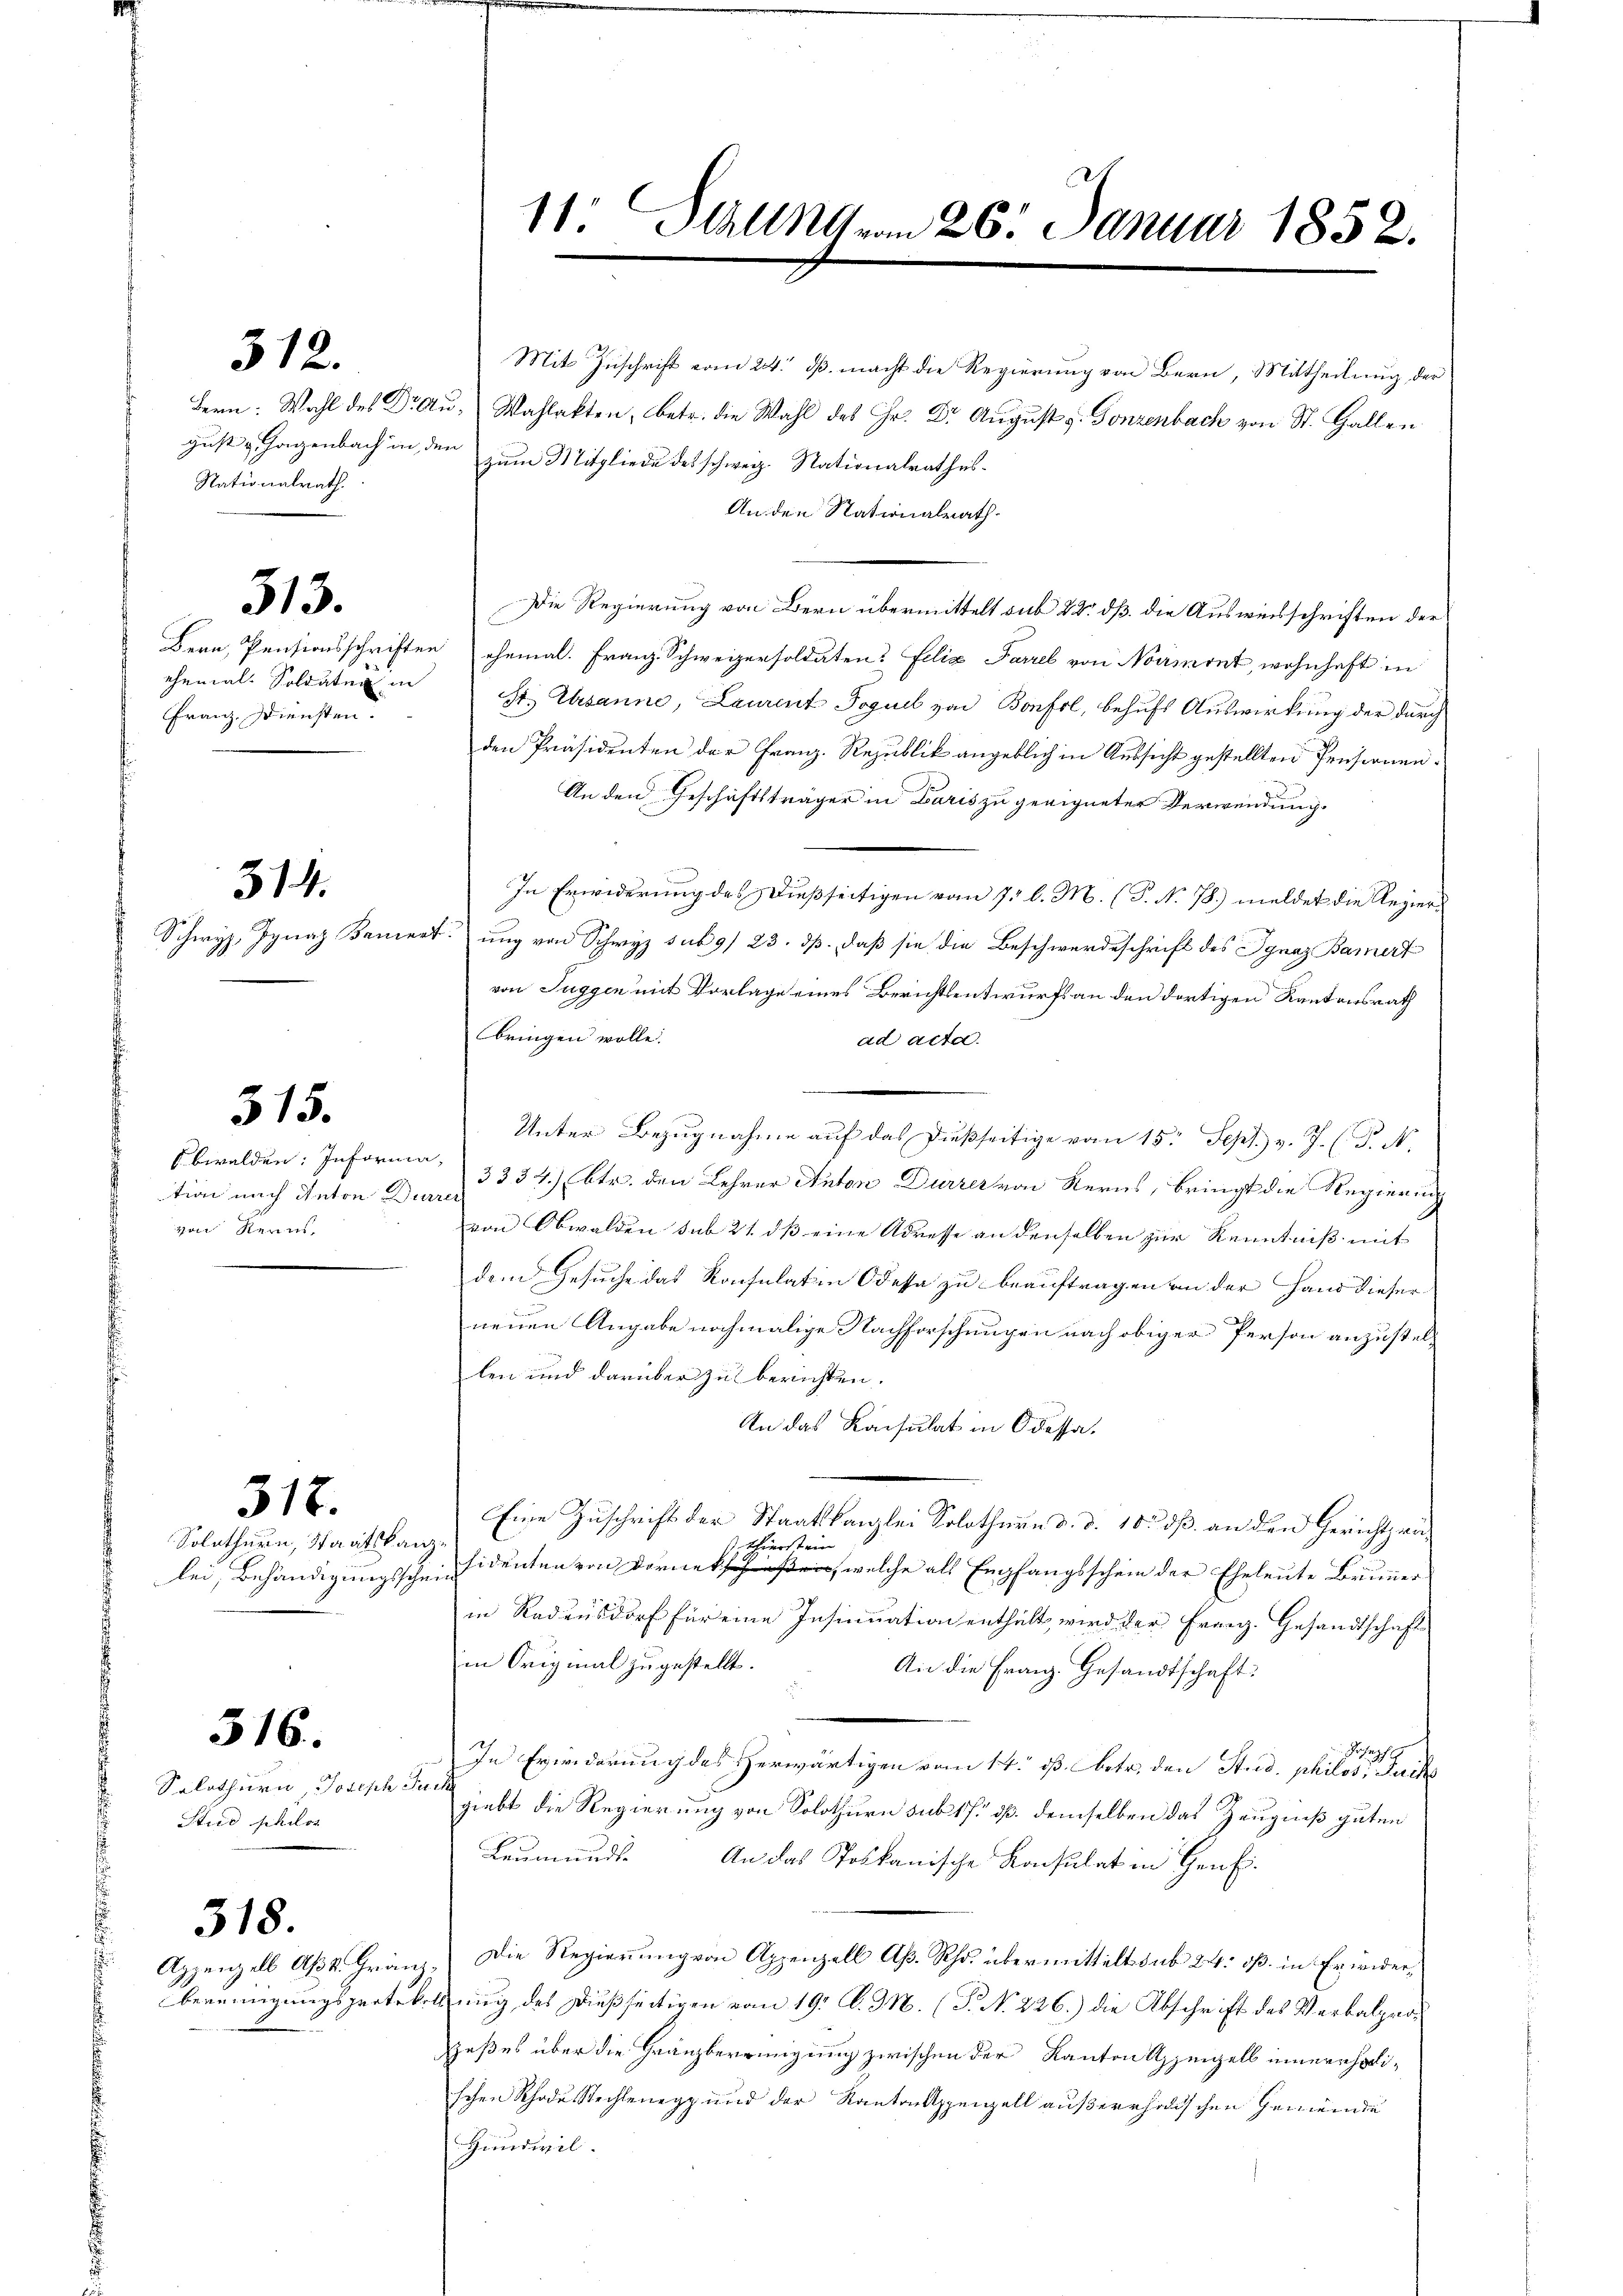
Nationalrath.

512.

Franz Diensten

513.

514.

tion nach Anton Dürrer
von Kerns,

315.

Solothurn, Staatskan

318.

516.

Solothurn, Joseph Jun
Stud schilos

318.

Mit Zuschrift vom 24. ds. macht die Regierung von Bern, Mittheilung der
Bern: Wahl des Drau, Wahlakten, betr. die Wahl des Hr. Dr. August v. Gonzenbach von St. Gallen
gust & Hagenbach in den zum Mitgliede des schweiz. Nationalrathes.
An den Nationalrath.
Die Regierung von Bern übermittelt sub 22. dß. die Ausweisschriften der
Bern, Pensionsschriften ehemal. Franz Schweizersoldaten? Felix Farzel von Normont, wohnhaft in
ehemal. Soldater in St. Gesanne, Laurent Joguel von Bonfsl, behufs Auswirkung der durch
den Präsidenten der Franz-Republik angeblich in Aussicht gestellten Pensionen¬
An den Geschäftsträger in Paris zu geeigneter Verwendung.
In Erwiderung des Dießseitigen vom 7 l. M. (T. No 78) meldet die Regier¬
Schwyz, Ignaz Koncertung von Schwyz sub 9/ 23. dß. daß sie die Beschwerdeschrift des Ignaz Bamer
von Tuggen mit Vorlage eines Berichtsentwurfs an den dortigen Kantonsrath
bringen wolle.
ad acta.
Unter Bezugnahme auf das dießseitige vom 15t Sept. v. J. (T. N.
Obwalden: Informa, 3354.) Ebtr. den Lehrer Anton Durrer von Kerns, bringt die Regierung
von Obwalden sub 21. dß eine Adresse an denselben zur Kenntniß mit
dem Gesuche das Konsulatin Odessa zu beauftragen an der Hand dieser
neuen Angabe nochmalige Nachforschungen nach obiger Person anzustellen und darüber zu berichten.
An das Konsulat in Odessa,
Eine Zuschrift der Staatskanzlei Solothurn d. d. 10. dß. an den Gerichtsra¬
 Thierstein
lei, Behändigungsscheinsidenten von Dornen, welche als Empfangsschein der Eheleute Brunner
in Radensdorf für eine Insinuation enthält wird der Franz. Gesandtschaft
in Original zugestellt.
An die Franz. Gesandtschaft:
Pr
In Eviderung des erwärtigen vom 14. ß. betr. den Stud. philosten de
giebt die Regierung von Solothurn sub 17. dß. demselben das Zeugniß guten
Leumund. An das Toskanische Konsulat in Genf.
Appenzell Apk. Hrn. Die Regierung von Appenzell Aß. Rh. übermittelt sub 24: oß. in Erwiderbereinigungsprotokollung des dießseitigen vom 19. A. M. (T. No. 226.) die Abschrift des Verbalprozeßes über die Gränzbereinigung zwischen der Kanton Asseigels innerehelischen Rhode Stechtenegg und der Kantonsspenzell außerhaltischen Gemeinde
Handwil.

11. Fall vom 26. Januar 1852.